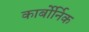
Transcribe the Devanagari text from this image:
कार्बोर्निक